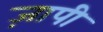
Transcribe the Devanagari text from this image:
ज़ापी